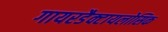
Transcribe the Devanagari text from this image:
गायरडैक्टायलोसिक